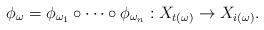
LaTeX: \begin{align*}\phi_\omega=\phi_{\omega_1}\circ\cdots\circ\phi_{\omega_n}:X_{t(\omega)}\to X_{i(\omega)}.\end{align*}